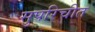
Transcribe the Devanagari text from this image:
सुपरिचीत